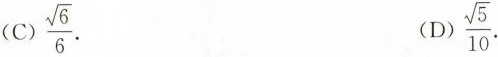
（C）.\frac{\sqrt{6}}{6}. (D).\frac{\sqrt{5}}{10}.